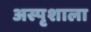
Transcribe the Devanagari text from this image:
अस्पृशाला